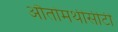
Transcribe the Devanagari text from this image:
औतोमथीसीटी